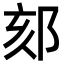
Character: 郂